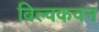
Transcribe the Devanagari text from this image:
बिल्वकवन